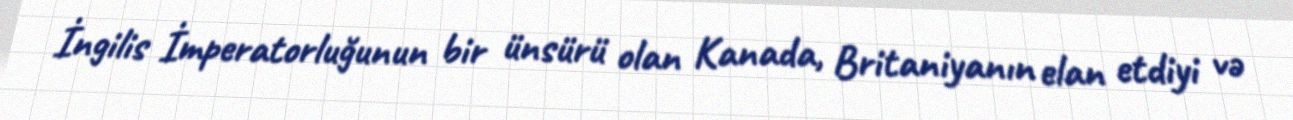
İngilis İmperatorluğunun bir ünsürü olan Kanada, Britaniyanın elan etdiyi və